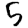
Digit: 5